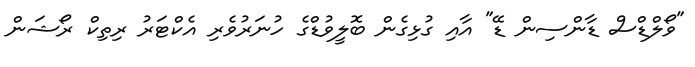
"ވޯލްޑްސް ޑާންސިން ޑޭ" އާއި ގުޅިގެން ބޮލީވުޑްގެ ހުނަރުވެރި އެކްޓަރު ރިތިކް ރޯޝަން